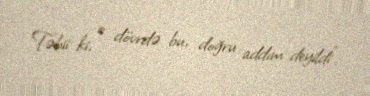
Təbii ki, o dövrdə bu, doğru addım deyildi”.